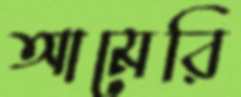
আমেরি